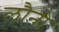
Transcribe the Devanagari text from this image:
लौनी